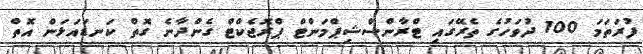
ފުރަތަމަ 100 ދުވަހުގެ ތެރޭގައި ޓްރާންސްޝިޕްމަންޓް ޕްރޮޖެކްޓް ގެންދާނެ ގޮތް ކަނޑައަޅަން އޮތް